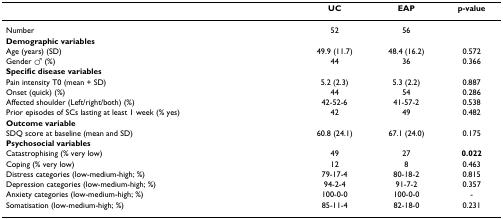
<table><thead><tr><td></td><td><b>UC</b></td><td><b>EAP</b></td><td><b>p-value</b></td></tr></thead><tbody><tr><td>Number</td><td>52</td><td>56</td><td></td></tr><tr><td><b>Demographic variables</b></td><td></td><td></td><td></td></tr><tr><td>Age (years) (SD)</td><td>49.9 (11.7)</td><td>48.4 (16.2)</td><td>0.572</td></tr><tr><td>Gender ♂ (%)</td><td>44</td><td>36</td><td>0.366</td></tr><tr><td><b>Specific disease variables</b></td><td></td><td></td><td></td></tr><tr><td>Pain intensity T0 (mean + SD)</td><td>5.2 (2.3)</td><td>5.3 (2.2)</td><td>0.887</td></tr><tr><td>Onset (quick) (%)</td><td>44</td><td>54</td><td>0.286</td></tr><tr><td>Affected shoulder (Left/right/both) (%)</td><td>42-52-6</td><td>41-57-2</td><td>0.538</td></tr><tr><td>Prior episodes of SCs lasting at least 1 week (% yes)</td><td>42</td><td>49</td><td>0.482</td></tr><tr><td><b>Outcome variable</b></td><td></td><td></td><td></td></tr><tr><td>SDQ score at baseline (mean and SD)</td><td>60.8 (24.1)</td><td>67.1 (24.0)</td><td>0.175</td></tr><tr><td><b>Psychosocial variables</b></td><td></td><td></td><td></td></tr><tr><td>Catastrophising (% very low)</td><td>49</td><td>27</td><td><b>0.022</b></td></tr><tr><td>Coping (% very low)</td><td>12</td><td>8</td><td>0.463</td></tr><tr><td>Distress categories (low-medium-high; %)</td><td>79-17-4</td><td>80-18-2</td><td>0.815</td></tr><tr><td>Depression categories (low-medium-high; %)</td><td>94-2-4</td><td>91-7-2</td><td>0.357</td></tr><tr><td>Anxiety categories (low-medium-high; %)</td><td>100-0-0</td><td>100-0-0</td><td>-</td></tr><tr><td>Somatisation (low-medium-high; %)</td><td>85-11-4</td><td>82-18-0</td><td>0.231</td></tr></tbody></table>